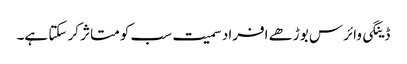
ڈینگی وائرس بوڑھے افراد سمیت سب کو متاثر کر سکتا ہے۔